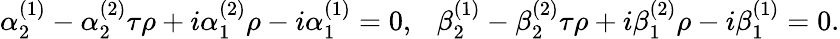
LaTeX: \alpha_{2}^{(1)}-\alpha_{2}^{(2)}\tau\rho+i\alpha_{1}^{(2)}\rho-i\alpha_{1}^{(1)}=0,\ \ \ \beta_{2}^{(1)}-\beta_{2}^{(2)}\tau\rho+i\beta_{1}^{(2)}\rho-i\beta_{1}^{(1)}=0.